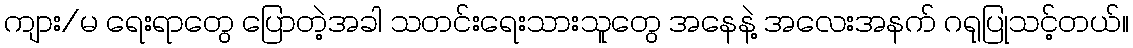
ကျား/မ ရေးရာတွေ ပြောတဲ့အခါ သတင်းရေးသားသူတွေ အနေနဲ့ အလေးအနက် ဂရုပြုသင့်တယ်။